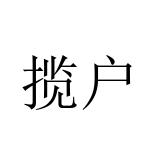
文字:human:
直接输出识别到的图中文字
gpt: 揽户